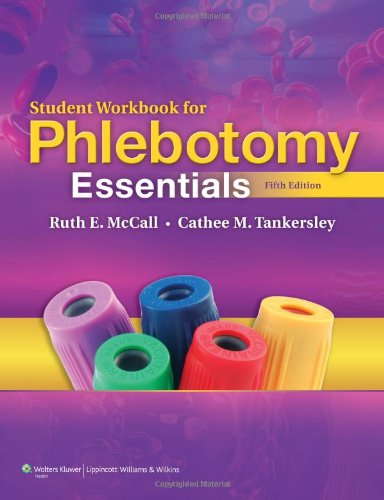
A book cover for Student Workbook for Phlebotomy Essentials; Ruth E. McCall BS  MT(ASCP); Medical Books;